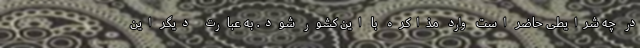
در چه شرایطی حاضر است وارد مذاکره با این کشور شود. به عبارت دیگر این